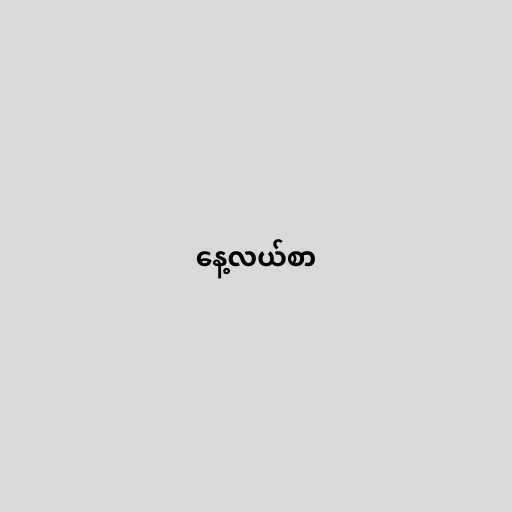
နေ့လယ်စာ